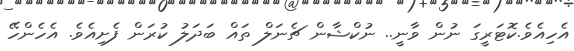
އެހިއެވެ.ކޮޓަރީގަ ނުން ވާނީ.. ނުކްޝާން ޗެނަލް ތައް ބަދަލު ކުރަން ފެށިއެވެ. އެހެންހޭ